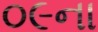
૦૯ના